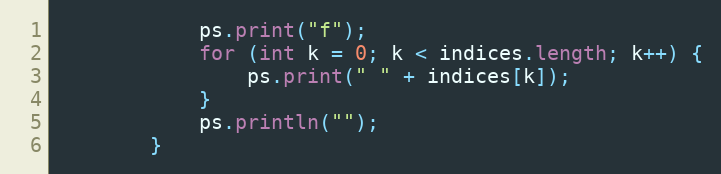
Language: Java
            ps.print("f");
            for (int k = 0; k < indices.length; k++) {
                ps.print(" " + indices[k]);
            }
            ps.println("");
        }